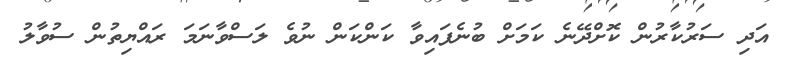
އަދި ސަރުކާރުން ކޮށްދޭނެ ކަމަށް ބުނެފައިވާ ކަންކަން ނުވެ ލަސްވާނަމަ ރައްޔިތުން ސުވާލު